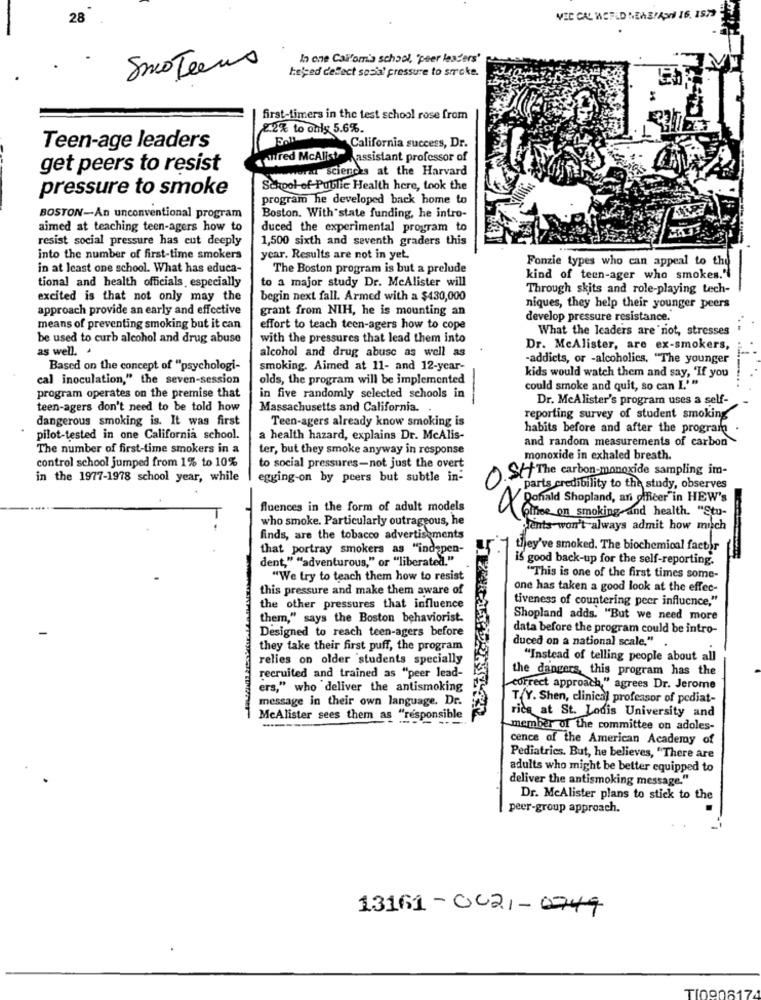
VEC CAL WASFLD NEWS/ASH 16. 1979
In one Cal'om's school, 'peer leaders'
SmoTeens
he'yed cellect sosia' pressure to smoke.
first-timers in the test school rose from
2.2% to only 5.6%.
Teen-age leaders
California success, Dr.
red McAlist
assistant professor of
get peers to resist
woran sciences at the Harvard
pressure to smoke
School of Public Health here, took the
program he developed back home to
BOSTON-An unconventional program
Boston. With state funding, he intro-
aimed at teaching teen-agers how to
duced the experimental program to
resist social pressure has cut deeply
1,500 sixth and seventh graders this
into the number of first-time smokers
year. Results are not in yet
Fonzie types who can appeal to the
in at least one school. What has educa-
The Boston program is but a prelude
tional and health officials especially
to a major study Dr. McAlister will
kind of teen-ager who smokes."
Through skits and role-playing tech-
excited is that not only may the
begin next fall. Armed with a $430,000
approach provide an early and effective
grant from NIH, he is mounting an
niques, they help their younger peers
develop pressure resistance.
means of preventing smoking but it can
effort to teach teen-agers how to cope
What the leaders are not, stresses
be used to curb alcohol and drug abuse
with the pressures that lead them into
as well. +
alcohol and drug abuse as well as
Dr. McAlister, are ex-smokers,
-addicts, or -alcoholics, "The younger
Based on the concept of "psychologi-
smoking. Aimed at 11- and 12-year-
cal inoculation," the seven-session
olds, the program will be implemented
kids would watch them and say, 'If you
could smoke and quit, so can I.'"
program operates on the premise that
in five randomly selected schools in
Dr. MeAlister's program uses a self-
teen-agers don't need to be told how
Massachusetts and California. .
dangerous smoking is. It was first
Teen-agers already know smoking is
reporting survey of student smoking
habits before and after the program .
pilot-tested in one California school.
a health hazard, explains Dr. McAlis-
and random measurements of carbon
The number of first-time smokers in a
ter, but they smoke anyway in response
control school jumped from 1% to 10%
monoxide in exhaled breath.
to social pressures-not just the overt
in the 1977-1978 school year, while
egging-on by peers but subtle in-
SH The carbon-monoxide sampling im-
parts credibility to the study, observes
Ronald Shopland, an officer"in HEW's
fluences in the form of adult models
X
Office on smoking and health. "Stu-
who smoke. Particularly outrageous, he
Hents won't always admit how misch
finds, are the tobacco advertisements
that portray smokers as "indapen-
they've smoked. The biochemical factor
dent," "adventurous," or "liberated."
is good back-up for the self-reporting.
"We try to teach them how to resist
"This is one of the first times some-
this pressure and make them aware of
one has taken a good look at the effec-
tiveness of countering peer influence,"
the other pressures that influence
them," says the Boston behaviorist.
Shopland adds. "But we need more
data before the program could be intro-
Designed to reach teen-agers before
duced on a national scale."
they take their first puff, the program
relies on older students specially
"Instead of telling people about all
the dangers, this program has the
recruited and trained as "peer lead-
ers," who deliver the antismoking
correct approach," agrees Dr. Jerome
message in their own language. Dr.
TY. Shen, clinical professor of pediat-
MeAlister sees them as "responsible
rice at St. Louis University and
member of the committee on adoles-
cence of the American Academy of
Pediatrics. But, he believes, "There are
adults who might be better equipped to
deliver the antismoking message."
Dr. MeAlister plans to stick to the
peer-group approach.
13161-0021-0749
TI0906174